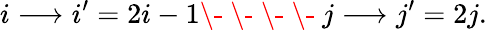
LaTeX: i\longrightarrow i^{\prime}=2i-1\- \ \- \ \- \ \- \ j\longrightarrow j^{\prime}=2j.